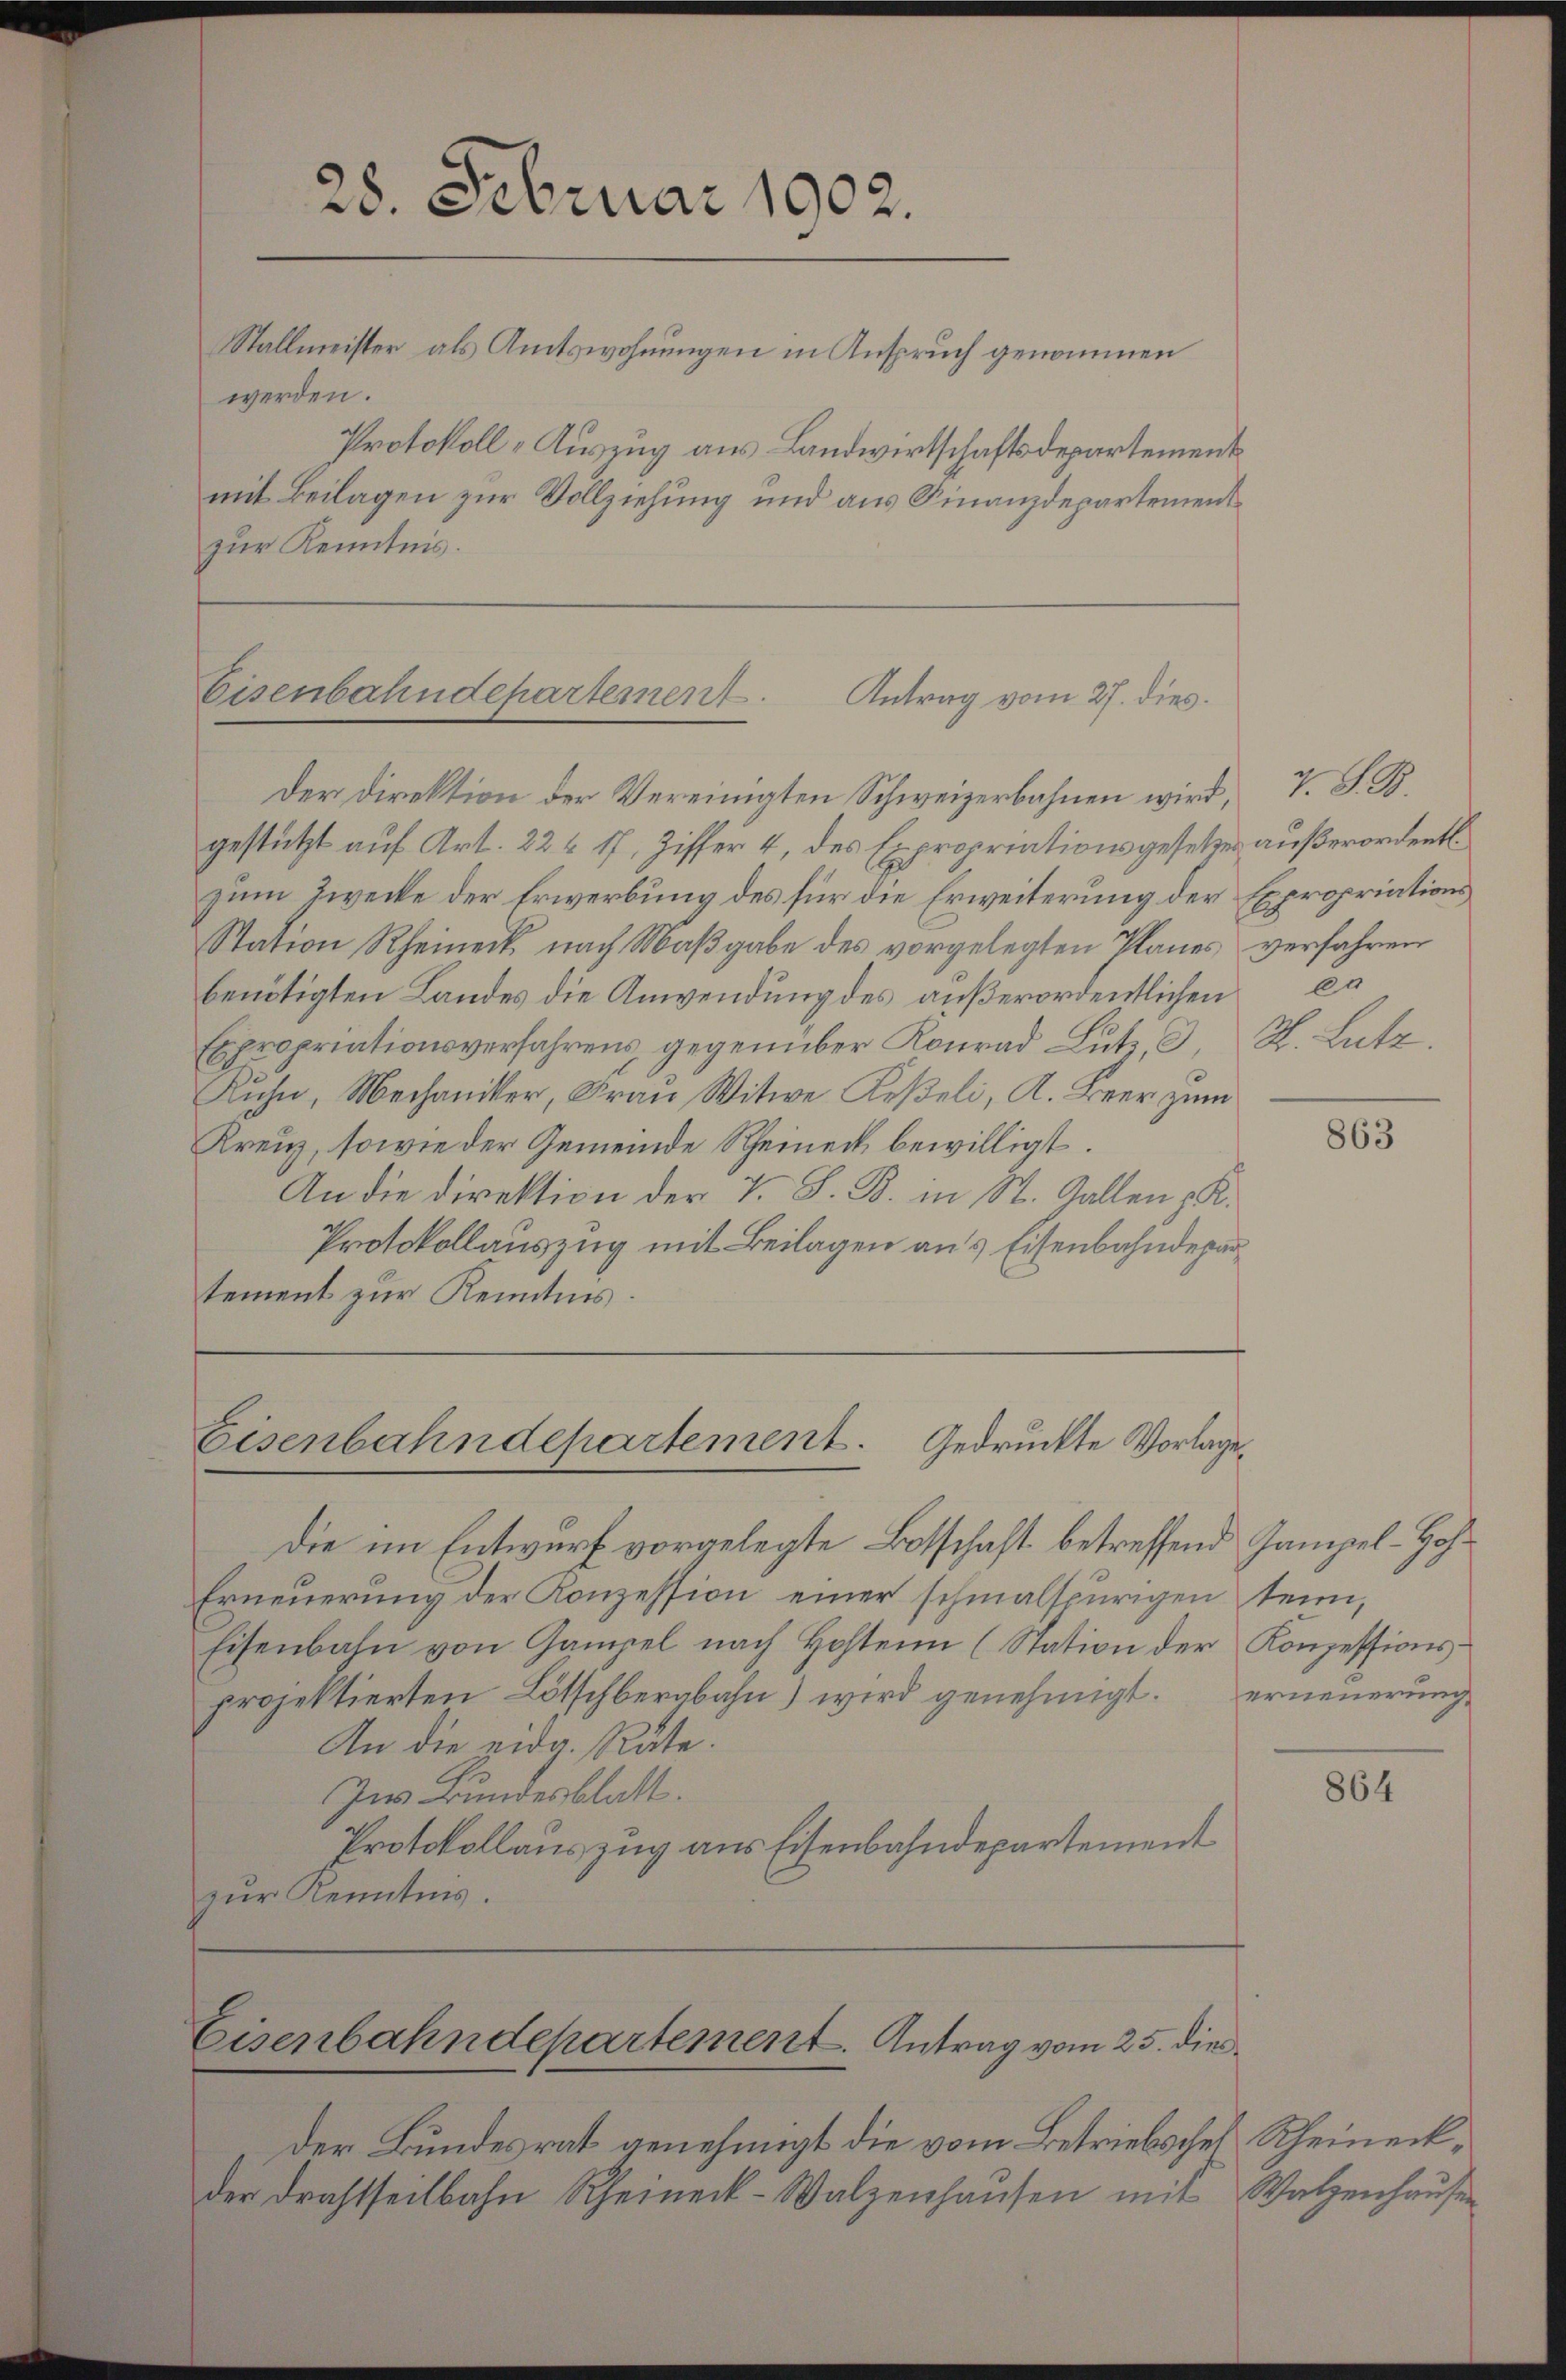
28. Februar 1902.
Stallmeister als Amtswohnungen in Anspruch genommen
werden.
Protokoll-Auszug aus Landwirtschaftsdepartement
mit Beilagen zur Vollziehung und aus Finanzdepartement
zur Kenntnis.

Eisenbahndepartement. Antrag vom 27. dies

Die im Entwurf vorgelegte Botschaft betreffend Gampel-Hoh¬
Erneuerung der Konzession einer schmalspurigen sein,
Eisenbahn von Gampel nach Hoften (Station der Konzessions-
projektierten Lötschberabahn) wird genehmigt.
An die eidg. Rate.
Ins Bundesblatt.
Protokollauszug aus Eisenbahndepartement
zur Kenntnis.

der Bundesrat genehmigt die vom Betriebsches Rheineckder Drahtseitbahn Rheineck-Walzenhausen mit Walzenhausen

Der Direktion der Vereinigten Schweizerbahnen wird, V. S. B.
gestützt auf Art. 22 & 17, Ziffer 4, des Expropriationsgesetzes außerordentl
zum Zwecke der Erwerbung des für die Erweiterung der Expropriations
Station Rheineck nach Maβgabe des vorgelegten Planes verfahren
benötigten Landes die Anwendung des außerordentlichen da
Expropriationsverfahrens gegenüber Konrad Lutz, d
Kuhn, Mechaniker, Frau Witwe Keßeli, A. Beer zum
Kreuz, sowie der Gemeinde Rheineck bewilligt.
An die Direktion der V. S. B. in St. Gallen K.
Protokollauszug mit Beilagen aus Eisenbahndepartement zur Kenntnis.

Eisenbahndepartement. Gedruckte Vorlage,

Eisenbahndepartement. Antrag vom 25. dies¬

d. Lutz.

863

erneuerung

864